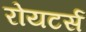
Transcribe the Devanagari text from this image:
रोयटर्स